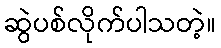
ဆွဲပစ်လိုက်ပါသတဲ့။